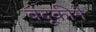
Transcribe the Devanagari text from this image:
बंदूकीने